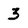
Character: 3